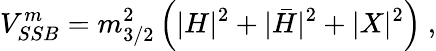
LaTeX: V_{SSB}^{m}=m_{3/2}^{2}\left(|H|^{2}+|\bar{H}|^{2}+|X|^{2}\right)~,